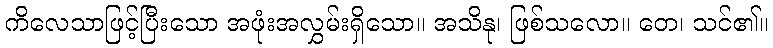
ကိလေသာဖြင့်ပြီးသော အဖုံးအလွှမ်းရှိသော။ အသိနု၊ ဖြစ်သလော။ တေ၊ သင်၏။